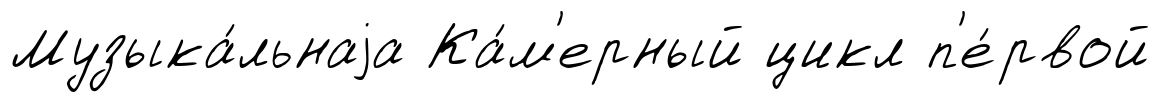
Музыка́льнаjа Ка́м'ерный цикл п'е́рвой